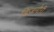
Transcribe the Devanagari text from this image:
बिजनौरी